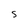
Character: S